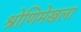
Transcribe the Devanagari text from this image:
श्रोणिमेखला